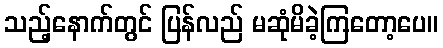
သည့်နောက်တွင် ပြန်လည် မဆုံမိခဲ့ကြတော့ပေ။